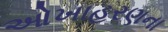
ઓખાહરણના